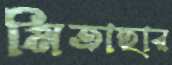
মিতাহার